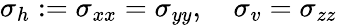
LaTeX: \sigma_{h}:=\sigma_{xx}=\sigma_{yy},\quad\sigma_{v}=\sigma_{zz}